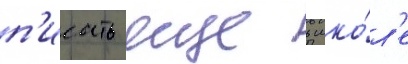
п'исать еще в шко́л'е